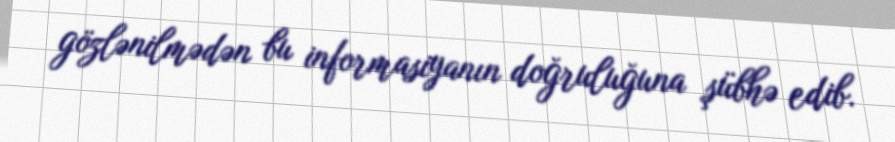
gözlənilmədən bu informasiyanın doğruluğuna şübhə edib.